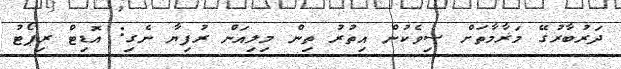
ދަރުބާރުގޭ މަރާމާތަށް ސިވެކުން އިތުރު ތިން މިިލިއަަން ރުފިޔާ ނެގި: އޮޑިޓް ރިޕޯޓު